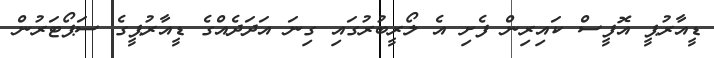
ޑީއާރުޕީ އޮފީސް ކައިރިން ފެށި އެ ލޯރީބުރުގައި ގިނަ އަދަދެއްގެ ޑީއާރުޕީގެ ސަޕޯޓަރުން